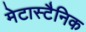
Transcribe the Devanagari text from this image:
मेटास्टैनिक